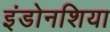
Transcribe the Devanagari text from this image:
इंडोनशिया